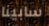
سابينا